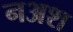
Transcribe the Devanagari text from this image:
नअश